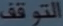
التوقف